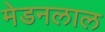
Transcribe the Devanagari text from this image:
मेडनलाल